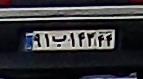
۹۱ب۱۴۳۴۴